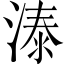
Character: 溙